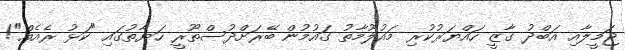
ޖަމީލާއި އަބްދު ގާޒީ ހައްޔަރުކުރި މައުލޫމާތު ގައުމުން ބޭރަށްދުސްތޫރީ ހަޔާތުގައި "ކަޅު ރެއެއް"!